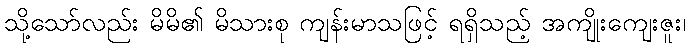
သို့သော်လည်း မိမိ၏ မိသားစု ကျန်းမာသဖြင့် ရရှိသည့် အကျိုးကျေးဇူး၊